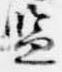
監